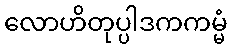
လောဟိတုပ္ပါဒကကမ္မံ